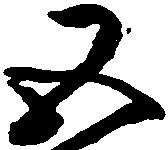
五